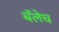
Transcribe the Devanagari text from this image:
बॅलेच